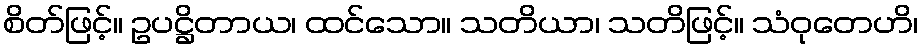
စိတ်ဖြင့်။ ဥပဋ္ဌိတာယ၊ ထင်သော။ သတိယာ၊ သတိဖြင့်။ သံဝုတေဟိ၊